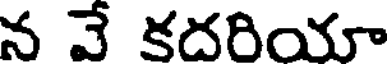
న వే కదరియా